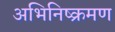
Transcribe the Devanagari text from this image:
अभिनिष्क्रमण